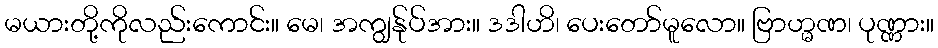
မယားတို့ကိုလည်းကောင်း။ မေ၊ အကျွန်ုပ်အား။ ဒဒါဟိ၊ ပေးတော်မူလော။ ဗြာဟ္မဏ၊ ပုဏ္ဏား။